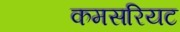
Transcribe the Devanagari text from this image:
कमसरियट